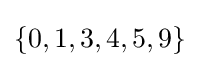
\{0,1,3,4,5,9\}